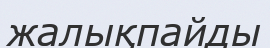
жалықпайды